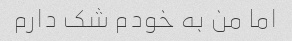
اما من به خودم شک دارم